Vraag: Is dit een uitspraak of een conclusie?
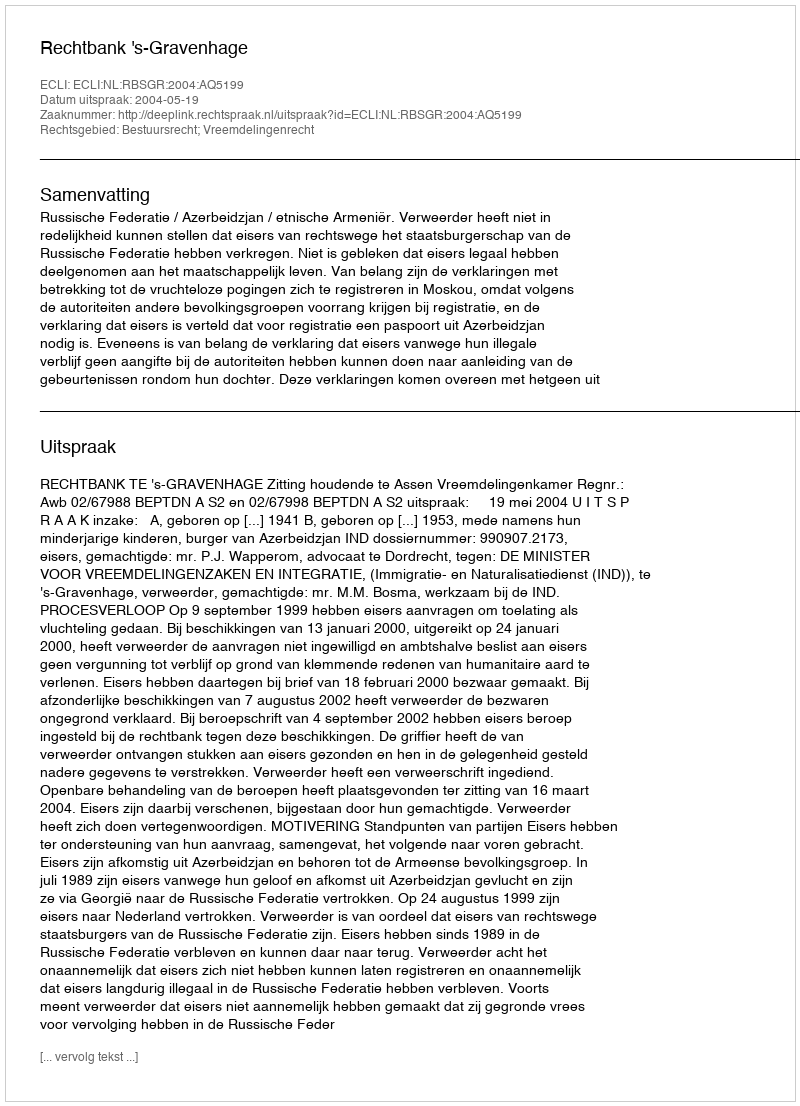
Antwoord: Uitspraak